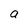
Character: a